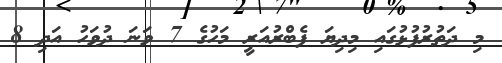
މި ދަތުރުފުޅުގައި މިދިޔަ ފެބްރުއަރީ މަހުގެ 7 ވަނަ ދުވަހު އަދި 8